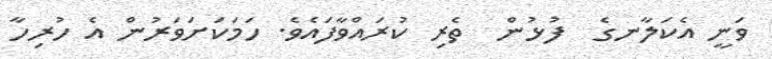
ވަނީ އެކަލާނގެ  ފުޅުން  ތެރި ކުރައްވާފައެވެ. ހަމަކަށަވަރުން އެ ހުރިހާ